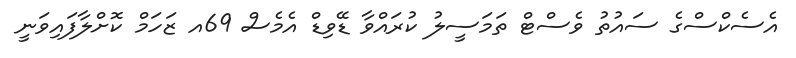
އެސެކްސްގެ ސައުތު ވެސްޓް ތަމަސީލު ކުރައްވާ ޑޭވިޑް އެމެސް 69އ ޒަހަމް ކޮށްލާފައިވަނީ